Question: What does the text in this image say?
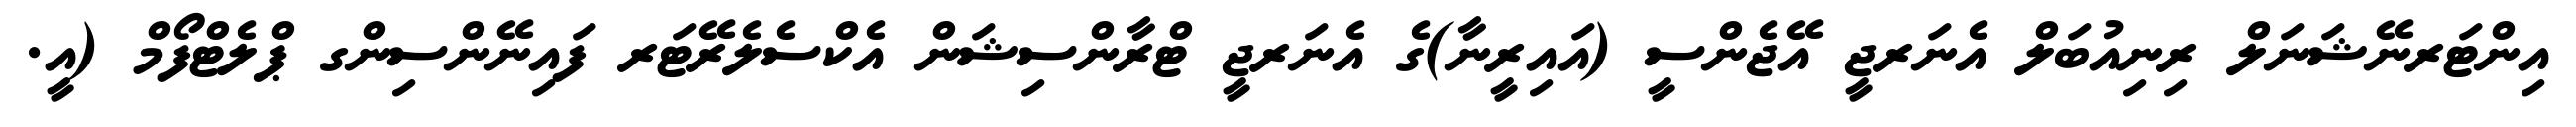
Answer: އިންޓަރނޭޝަނަލް ރިނިއުބަލް އެނަރޖީ އޭޖެންސީ (އައިރީނާ)ގެ އެނަރޖީ ޓްރާންސިޝަން އެކްސެލެރޭޓަރ ފައިނޭންސިންގ ޕްލެޓްފޯމް (އީ.